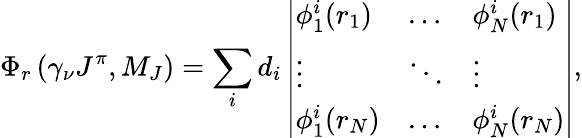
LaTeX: \Phi_{r}\left(\gamma_{\nu}J^{\pi},M_{J}\right)=\sum_{i}d_{i}\left|\begin{array}{lll}{\phi_{1}^{i}(r_{1})}&{\dots}&{\phi_{N}^{i}(r_{1})}\\ {\vdots}&{\ddots}&{\vdots}\\ {\phi_{1}^{i}(r_{N})}&{\dots}&{\phi_{N}^{i}(r_{N})}\end{array}\right|,